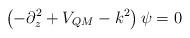
LaTeX: \begin{align*}\left( -\partial_z^2 + V_{QM} - k^2\right) \psi = 0\end{align*}